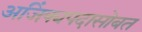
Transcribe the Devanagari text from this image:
अजिंक्यपदासोबत